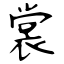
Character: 裳